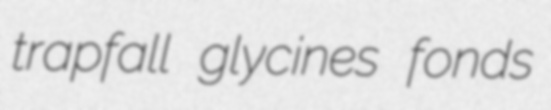
trapfall glycines fonds